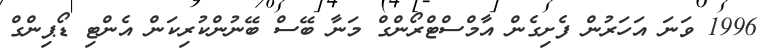
1996 ވަނަ އަހަރުން ފެށިގެން އާމްސްޓްރޯންގް މަނާ ބޭސް ބޭނުންކުރިކަން އެންޓި ޑޯޕިންގް